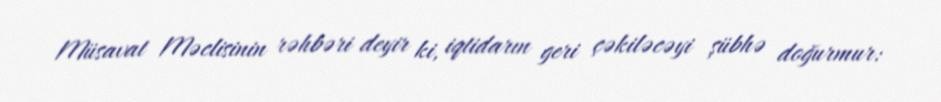
Müsavat Məclisinin rəhbəri deyir ki, iqtidarın geri çəkiləcəyi şübhə doğurmur: